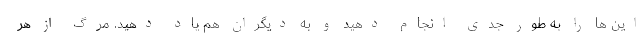
این ها را به طور جدی انجام دهید و به دیگران هم یاد دهید. مرگ از هر